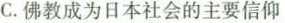
C.佛教成为日本社会的主要信仰